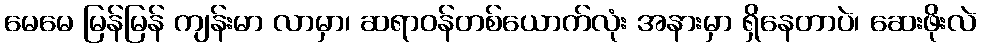
မေမေ မြန်မြန် ကျန်းမာ လာမှာ၊ ဆရာဝန်တစ်ယောက်လုံး အနားမှာ ရှိနေတာပဲ၊ ဆေးဖိုးလဲ